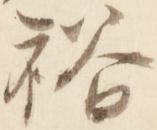
裕